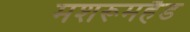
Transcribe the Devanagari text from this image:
मशरूमहैड